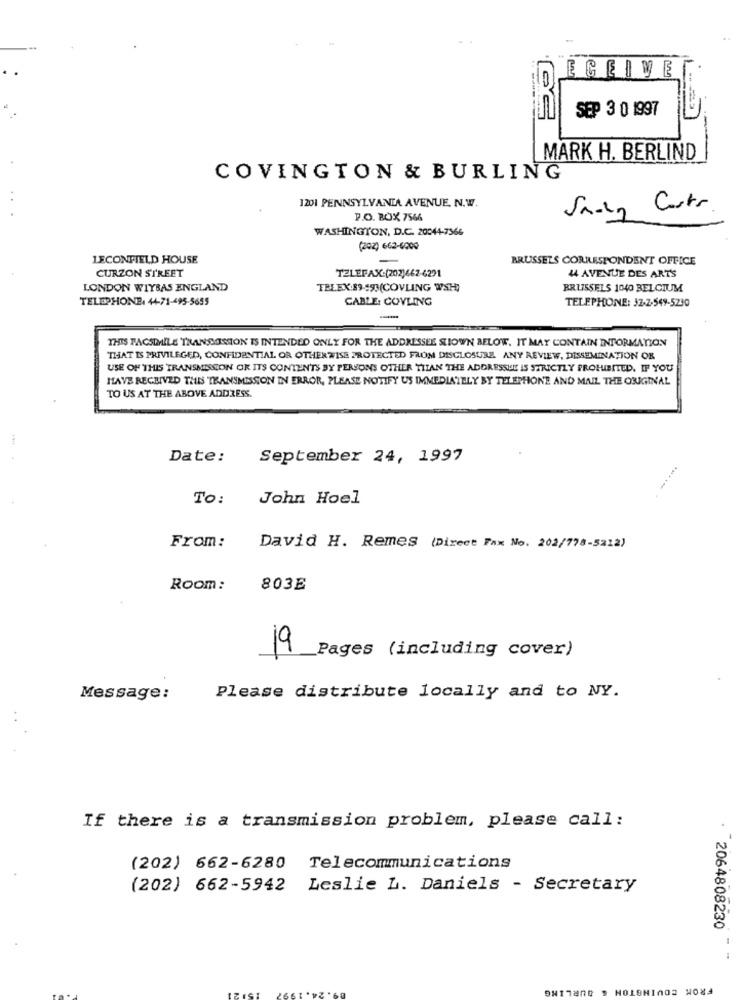
ECEIVE
SEP 3 0 1997
MARK H. BERLIND
COVINGTON & BURLING
1201 PENNSYLVANIA AVENUE, N.W.
Sadly Costs
P.O. BOX 7566
WASHINGTON, D.C. 20044-7366
(202) 662-6000
LECONFIELD HOUSE
-
BRUSSELS CORRESPONDENT OFFICE
CURZON STREET
44 AVENUE DES ARTS
TELEFAX:(202)662-6291
LONDON WIYBAS ENGLAND
TELEX:89-593(COVLING WSH)
BRUSSELS 1040 BELGIUM
TELEPHONE: 44-71-495-5655
CABLE: COVLING
TELEPHONE: 32-2-549-5230
-
THIS FACSIMILE TRANSMISSION IS INTENDED ONLY FOR THE ADDRESSEE SLIOWN BELOW. IT MAY CONTAIN INFORMATION
THAT IS PRIVILEGED, CONFIDENTIAL OR OTHERWISE PROTECTED FROM DISCLOSURE ANY REVIEW, DISSEMINATION OR
USE OF THIS TRANSMISSION OR ITS CONTEN'TS BY PERSONS OTHER THAN THE ADDRESSUL IS STRICTLY PROHIBITED. IF YOU
HAVE RECEIVED THIS TRANSMISSION IN ERROR, PLEASE NOTIFY US IMMEDIATELY BY TELEPHONE AND MAIL THE ORIGINAL
TO US AT THE ABOVE ADDRESS.
Date:
September 24, 1997
TO :
John Hoel
From:
David H. Remes (Direct Fax No. 202/778-5212)
Room:
803E
19
_Pages (including cover)
Message:
Please distribute locally and to NY.
If there is a transmission problem, please call:
(202) 662-6280
Telecommunications
(202) 662-5942 Leslie L. Daniels - Secretary
. 2064808230
--
BURLING
FROM COVINGTON